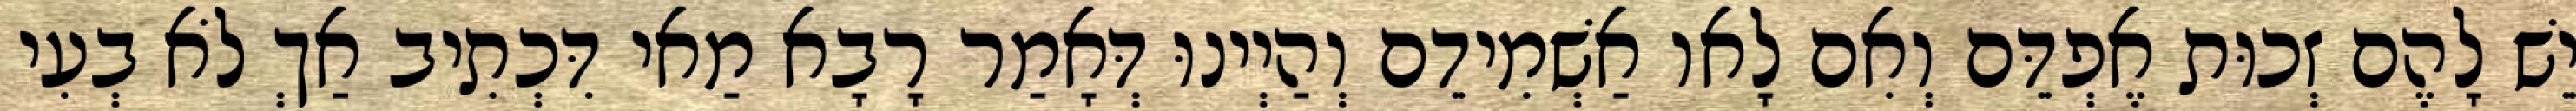
יֵשׁ לָהֶם זְכוּת אֶפְדֵּם וְאִם לָאו אַשְׁמִידֵם וְהַיְינוּ דְּאָמַר רָבָא מַאי דִּכְתִיב אַךְ לֹא בְעִי